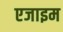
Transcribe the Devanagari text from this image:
एजाइम